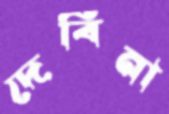
দেবিনা